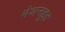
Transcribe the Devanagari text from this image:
नेशनहुड